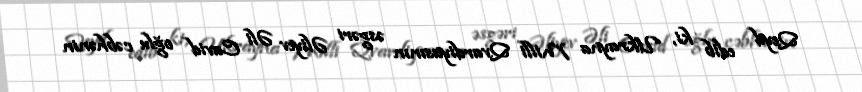
Qeyd edib ki, Ukrayna Milli Qvardiyasının əsgəri Əliyev Əli Cavid oğlu cəbhənin